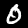
Label: 0